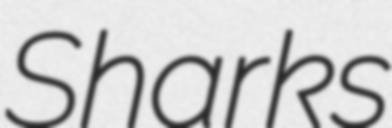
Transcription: Sharks